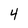
Character: 4